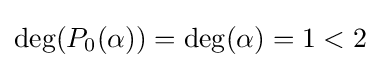
\deg(P_{0}(\alpha ))=\deg(\alpha )=1<2